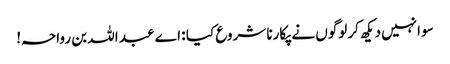
سو انہیں دیکھ کر لوگوں نے پکارنا شروع کیا : اے عبد اللہ بن رواحہ!